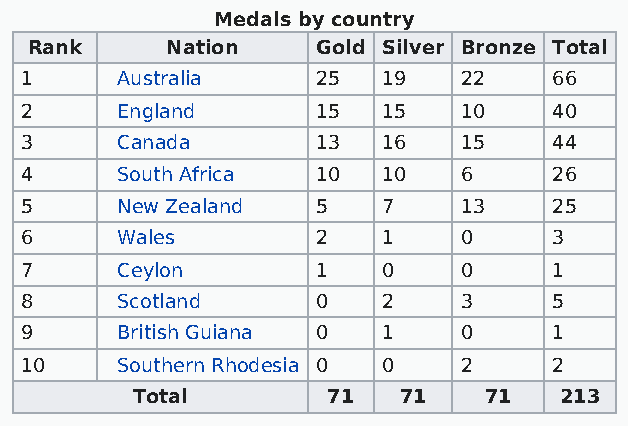
Medals by country
 Rank     Nation    Gold Silver Bronze Total
 1      Australia    25  19   22     66
 2      England      15  15   10     40
 3      Canada       13  16   15     44
 4      South Africa 10  10   6      26
 5      New Zealand  5   7    13     25
 6      Wales        2   1    0      3
 7      Ceylon       1   0    0      1
 8      Scotland     0   2    3      5
 9      British Guiana 0 1    0      1
 10     Southern Rhodesia 0 0 2      2
 Total        71  71    71   213